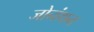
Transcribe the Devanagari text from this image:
जोनंथन